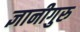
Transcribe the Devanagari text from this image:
ज्ञानीगुरु